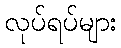
လုပ်ရပ်များ